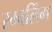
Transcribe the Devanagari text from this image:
रम्बलिंग